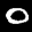
Label: 0